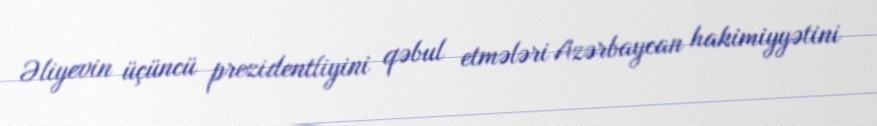
Əliyevin üçüncü prezidentliyini qəbul etmələri Azərbaycan hakimiyyətini